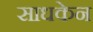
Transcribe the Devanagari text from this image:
साधकेन